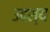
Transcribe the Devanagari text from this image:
उदश्य